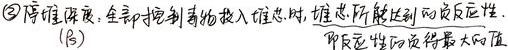
\textcircled{3}停堆深度：全部控制毒物投入堆芯时，堆芯所能达到的反应性\((\rho)\)，即反应性的负得最大值